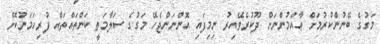
މަގުގެ ބޭނުންކުރުމަށް ޢާއްމުންނަށް ދޫކުރެވޭއިރު ނިމިފައި އޮންނަންޖެހޭ މަގުގެ ސަލާމަތީ ކަންތައްތައް ފުރިހަމަނުކޮށް